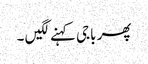
پھر باجی کہنے لگیں ۔